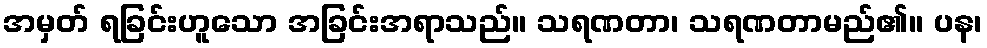
အမှတ် ရခြင်းဟူသော အခြင်းအရာသည်။ သရဏတာ၊ သရဏတာမည်၏။ ပန၊